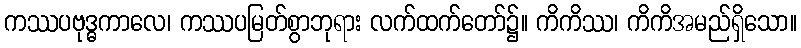
ကဿပဗုဒ္ဓကာလေ၊ ကဿပမြတ်စွာဘုရား လက်ထက်တော်၌။ ကိကိဿ၊ ကိကိအမည်ရှိသော။